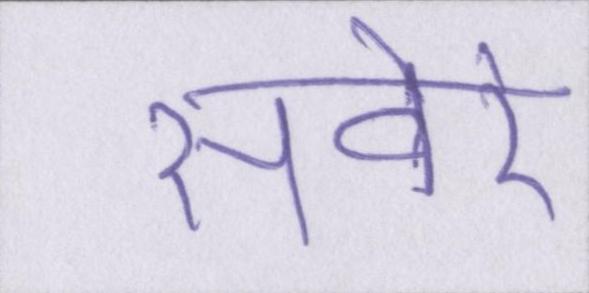
सवेरे